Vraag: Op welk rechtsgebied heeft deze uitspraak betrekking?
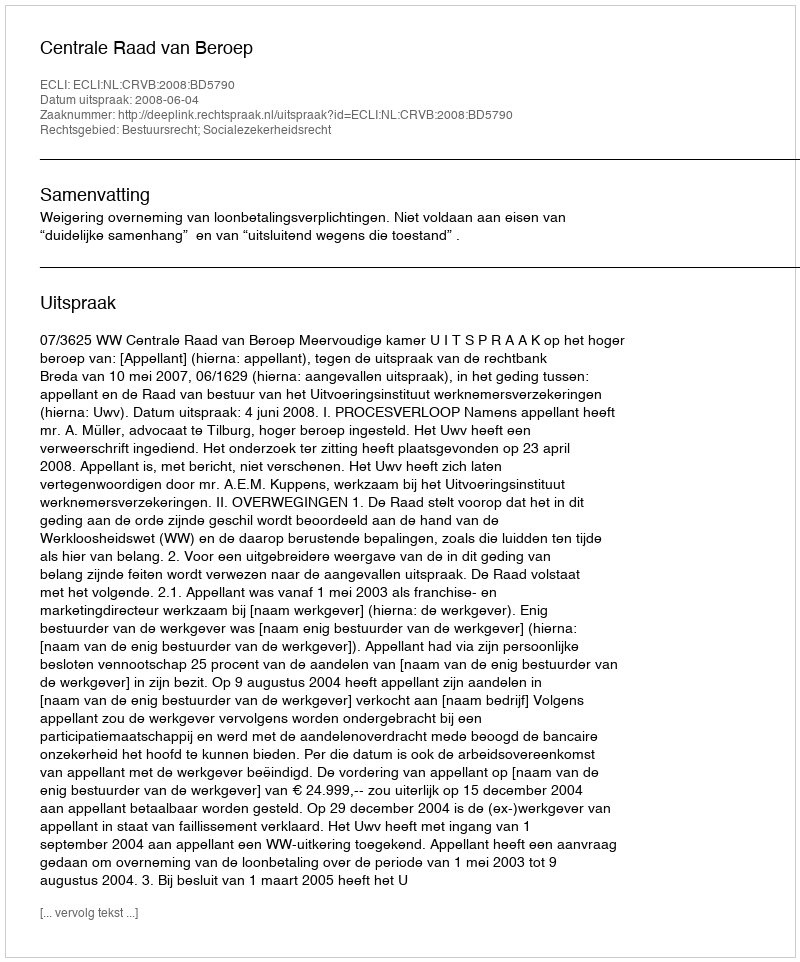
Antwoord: Bestuursrecht; Socialezekerheidsrecht